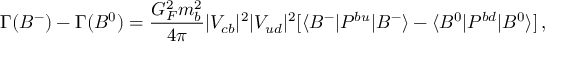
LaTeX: \Gamma ( B ^ { - } ) - \Gamma ( B ^ { 0 } ) = \frac { G _ { F } ^ { 2 } m _ { b } ^ { 2 } } { 4 \pi } | V _ { c b } | ^ { 2 } | V _ { u d } | ^ { 2 } [ \langle B ^ { - } | P ^ { b u } | B ^ { - } \rangle - \langle B ^ { 0 } | P ^ { b d } | B ^ { 0 } \rangle ] \, ,